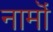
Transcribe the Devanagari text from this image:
नामॊं